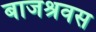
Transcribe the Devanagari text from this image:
बाजश्रवस